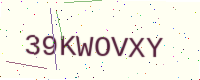
Text: 39KWOVXY